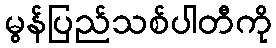
မွန်ပြည်သစ်ပါတီကို